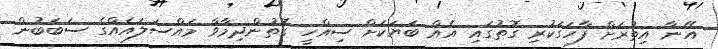
އޭނާ އިތުރަށް ފާހަގަކުރި ގޮތުގައި އެއް ބަޔަކަށް ސިއްހީ ގޮތުންދިމާވާ މައްސަލައެއްގެ ސަބަބުން